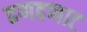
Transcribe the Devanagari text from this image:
ढणढणाट